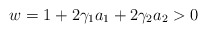
\begin{align*} w=1+2\gamma_1 a_1+2\gamma_2 a_2>0 \end{align*}